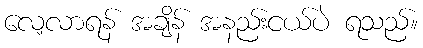
လေ့လာရန် အချိန် အနည်းငယ်ပဲ ရသည်။